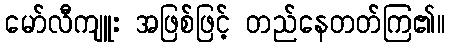
မော်လီကျူး အဖြစ်ဖြင့် တည်နေတတ်ကြ၏။